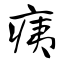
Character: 痍